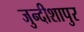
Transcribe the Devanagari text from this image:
जुन्दीशापुर